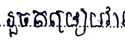
រួចតម្រៀបវា